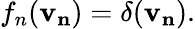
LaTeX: f_{n}(\mathbf{v_{n}})=\delta(\mathbf{v_{n}}).